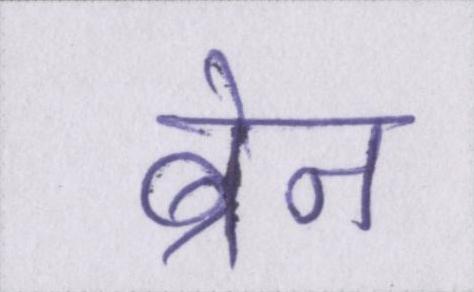
ब्रेन